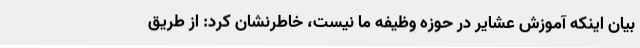
بیان اینکه آموزش عشایر در حوزه وظیفه ما نیست، خاطرنشان کرد: از طریق